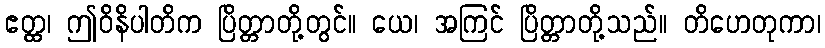
ဧတ္ထ၊ ဤဝိနိပါတိက ပြိတ္တာတို့တွင်။ ယေ၊ အကြင် ပြိတ္တာတို့သည်။ တိဟေတုကာ၊